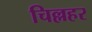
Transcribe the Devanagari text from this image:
चिल्लहर